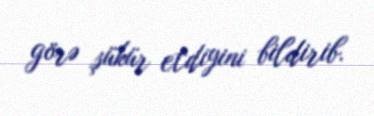
görə şükür etdiyini bildirib.